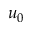
u _ { 0 }